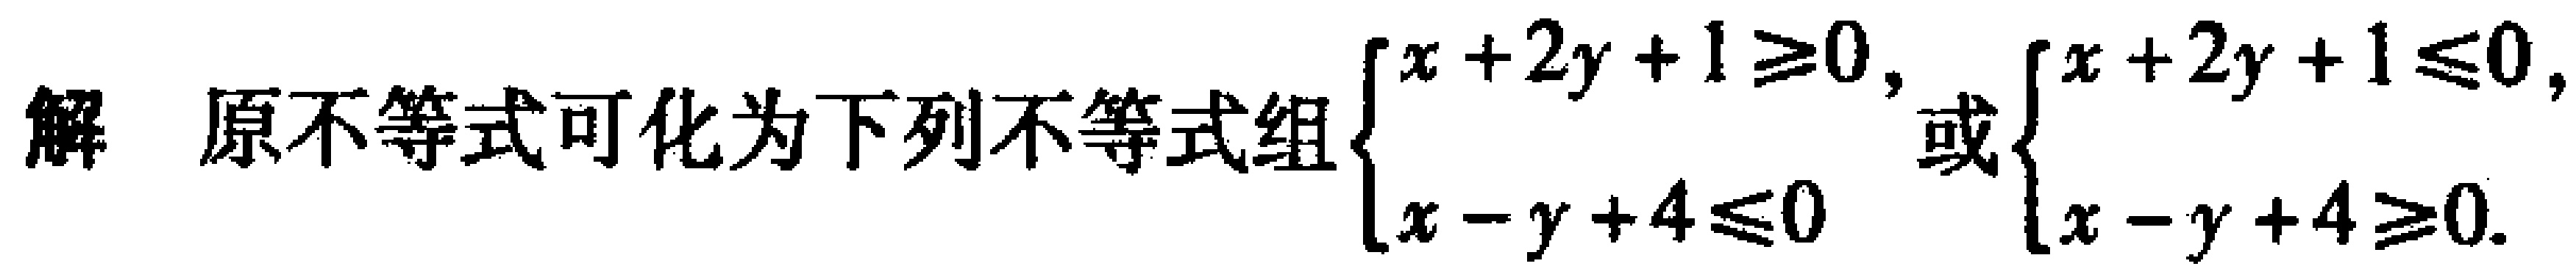
解 原不等式可化为下列不等式组$\begin{cases}x + 2y + 1\geq0,\\x - y + 4\leq0\end{cases}$或$\begin{cases}x + 2y + 1\leq0,\\x - y + 4\geq0.\end{cases}$